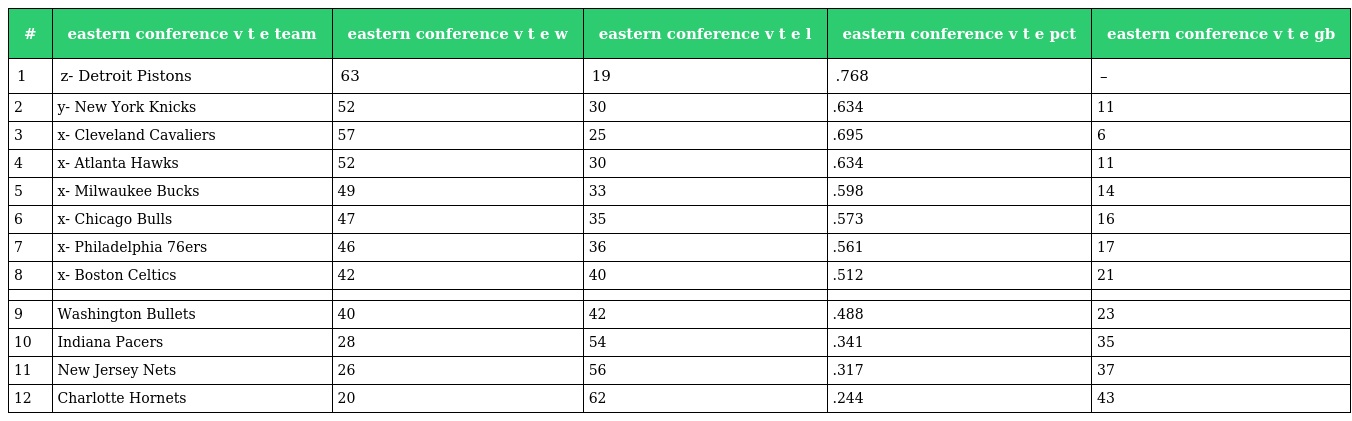
| # | eastern conference v t e team | eastern conference v t e w | eastern conference v t e l | eastern conference v t e pct | eastern conference v t e gb |
 | --- | --- | --- | --- | --- | --- |
 | 1 | z- Detroit Pistons | 63 | 19 | .768 | – |
 | 2 | y- New York Knicks | 52 | 30 | .634 | 11 |
 | 3 | x- Cleveland Cavaliers | 57 | 25 | .695 | 6 |
 | 4 | x- Atlanta Hawks | 52 | 30 | .634 | 11 |
 | 5 | x- Milwaukee Bucks | 49 | 33 | .598 | 14 |
 | 6 | x- Chicago Bulls | 47 | 35 | .573 | 16 |
 | 7 | x- Philadelphia 76ers | 46 | 36 | .561 | 17 |
 | 8 | x- Boston Celtics | 42 | 40 | .512 | 21 |
 |  |  |  |  |  |  |
 | 9 | Washington Bullets | 40 | 42 | .488 | 23 |
 | 10 | Indiana Pacers | 28 | 54 | .341 | 35 |
 | 11 | New Jersey Nets | 26 | 56 | .317 | 37 |
 | 12 | Charlotte Hornets | 20 | 62 | .244 | 43 |